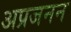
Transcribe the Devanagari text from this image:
अप्रजनन